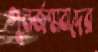
পুনর্জন্মবাদের